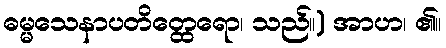
ဓမ္မသေနာပတိတ္ထေရော၊ သည်။) အာဟ၊ ၏။